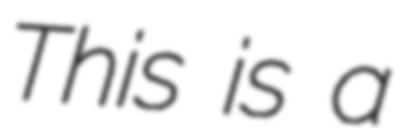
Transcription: This is a